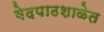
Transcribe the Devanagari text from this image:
वेदपाठशाळेत